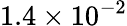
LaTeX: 1.4\times 10^{-2}